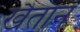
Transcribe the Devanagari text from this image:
खैतान